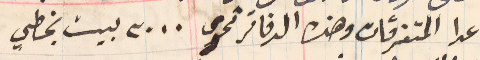
عدا المتفرقات وهذه الدفاتر تحوى ٣٠٠٠ بيت بخطي